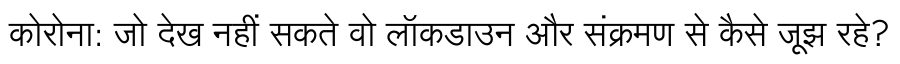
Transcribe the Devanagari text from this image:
कोरोना: जो देख नहीं सकते वो लॉकडाउन और संक्रमण से कैसे जूझ रहे?